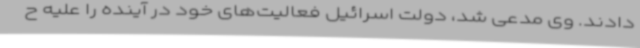
دادند. وی مدعی شد، دولت اسرائیل فعالیت‌های خود در آینده را علیه ح